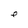
Character: e